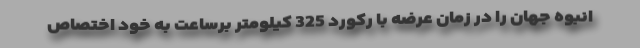
انبوه جهان را در زمان عرضه با رکورد 325 کیلومتر برساعت به خود اختصاص